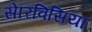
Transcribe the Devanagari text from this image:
सेरिविसिया